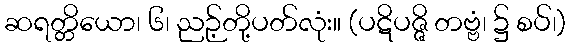
ဆရတ္တိယော၊ ၆၊ ညဉ့်တို့ပတ်လုံး။ (ပဋိပဇ္ဇိ တဗ္ဗံ၊ ၌ စပ်၊)